Report of an investigation of the epidemic of malarial fever in Assam, or, kala-azar
Disease focus: Malaria
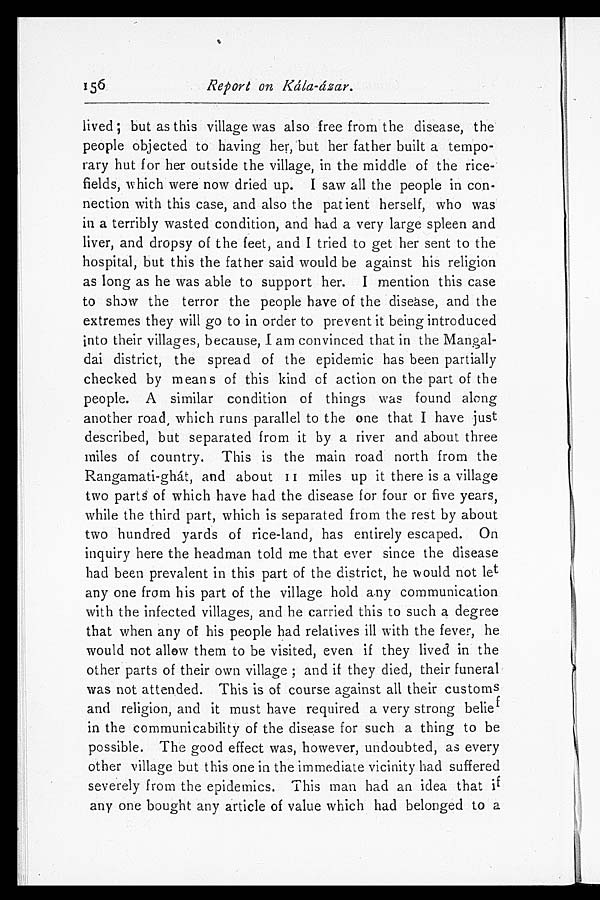
156
Report on Kála-ázar.
lived; but as this village was also free from the disease, the
people objected to having her, but her father built a tempo-
rary hut for her outside the village, in the middle of the rice
fields, which were now dried up. I saw all the people in con-
nection with this case, and also the patient herself, who was
in a terribly wasted condition, and had a very large spleen and
liver, and dropsy of the feet, and I tried to get her sent to the
hospital, but this the father said would be against his religion
as long as he was able to support her. I mention this case
to show the terror the people have of the disease, and the
extremes they will go to in order to prevent it being introduced
into their villages, because, I am convinced that in the Mangal-
dai district, the spread of the epidemic has been partially
checked by means of this kind of action on the part of the
people. A similar condition of things was found along
another road which runs parallel to the one that I have just
described, but separated from it by a river and about three
miles of country. This is the main road north from the
Rangamati-ghát, and about 11 miles up it there is a village
two parts of which have had the disease for four or five years,
while the third part, which is separated from the rest by about
two hundred yards of rice-land, has entirely escaped. On
inquiry here the headman told me that ever since the disease
had been prevalent in this part of the district, he would not let
any one from his part of the village hold any communication
with the infected villages, and he carried this to such a degree
that when any of his people had relatives ill with the fever, he
would not allow them to be visited, even if they lived in the
other parts of their own village and if they died, their funeral
was not attended. This is of course against all their customs
and religion, and it must have required a very strong belief
in the communicability of the disease for such a thing to be
possible. The good effect was, however, undoubted, as every
other village but this one in the immediate vicinity had suffered
severely from the epidemics, This man had an idea that if
any one bought any article of value which had belonged to a